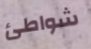
شواطئ